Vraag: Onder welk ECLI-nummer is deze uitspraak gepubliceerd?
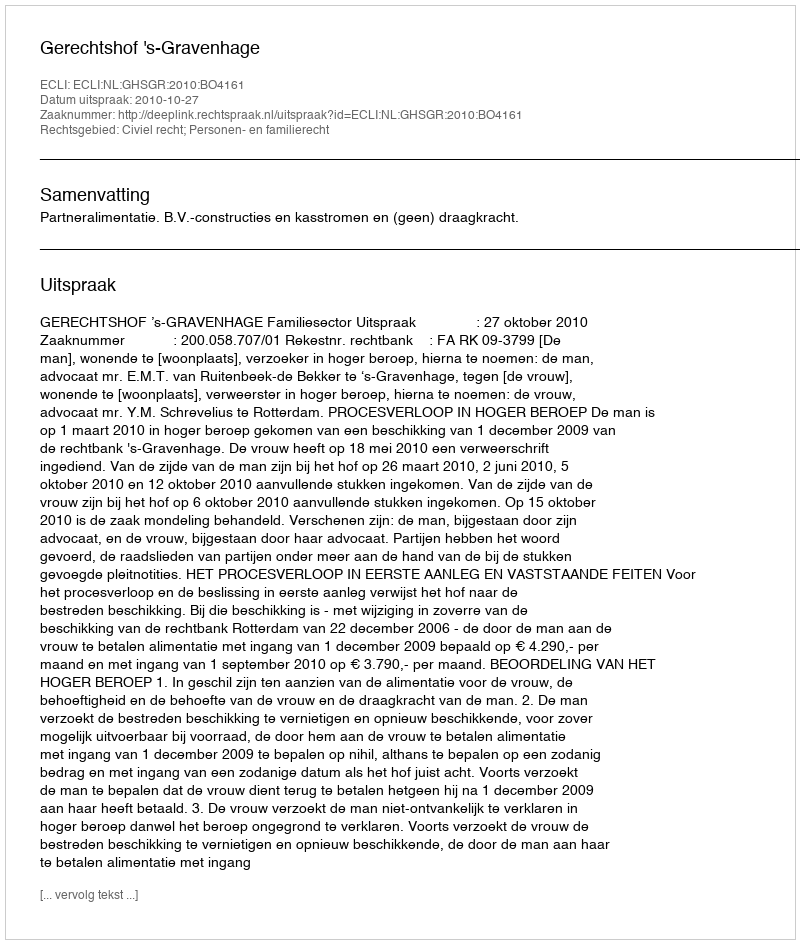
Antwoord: ECLI:NL:GHSGR:2010:BO4161